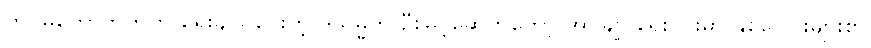
တပ်မတော်ဘက်က ရွေးချယ်ပေးတဲ့ ဒုသမ္မတ ဦးမြင့်ဆွေကတော့ အုပ်ချုပ်ရေးပိုင်းမှာ နှစ်ပေါင်းများစွာ